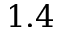
1 . 4